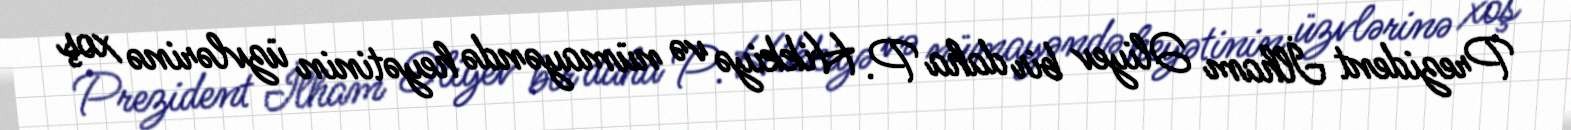
Prezident İlham Əliyev bir daha P. Hikkiyə və nümayəndə heyətinin üzvlərinə xoş